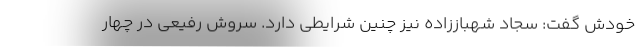
خودش گفت: سجاد شهباززاده نیز چنین شرایطی دارد. سروش رفیعی در چهار